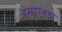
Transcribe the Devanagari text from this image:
हंसाएवडा